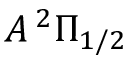
A \, ^ { 2 } \Pi _ { 1 / 2 }